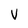
Character: V